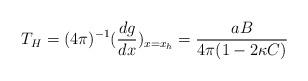
LaTeX: \begin{align*}T_{H}=(4\pi )^{-1}(\frac{dg}{dx})_{x=x_{h}}=\frac{aB}{4\pi (1-2\kappa C)}\end{align*}